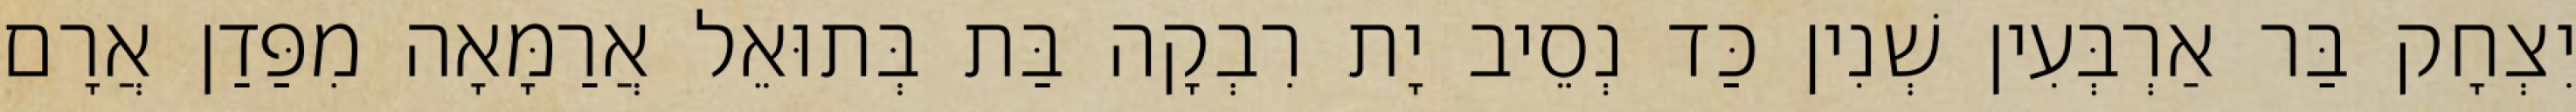
יִצְחָק בַּר אַרְבְּעִין שְׁנִין כַּד נְסֵיב יָת רִבְקָה בַּת בְּתוּאֵל אֲרַמָּאָה מִפַּדַן אֲרָם